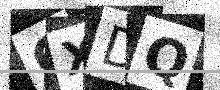
Text: GXDQ